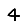
Digit: 4